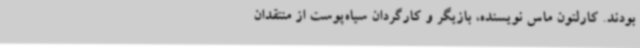
بودند. کارلتون ماس نویسنده، بازیگر و کارگردان سیاه‌پوست از منتقدان